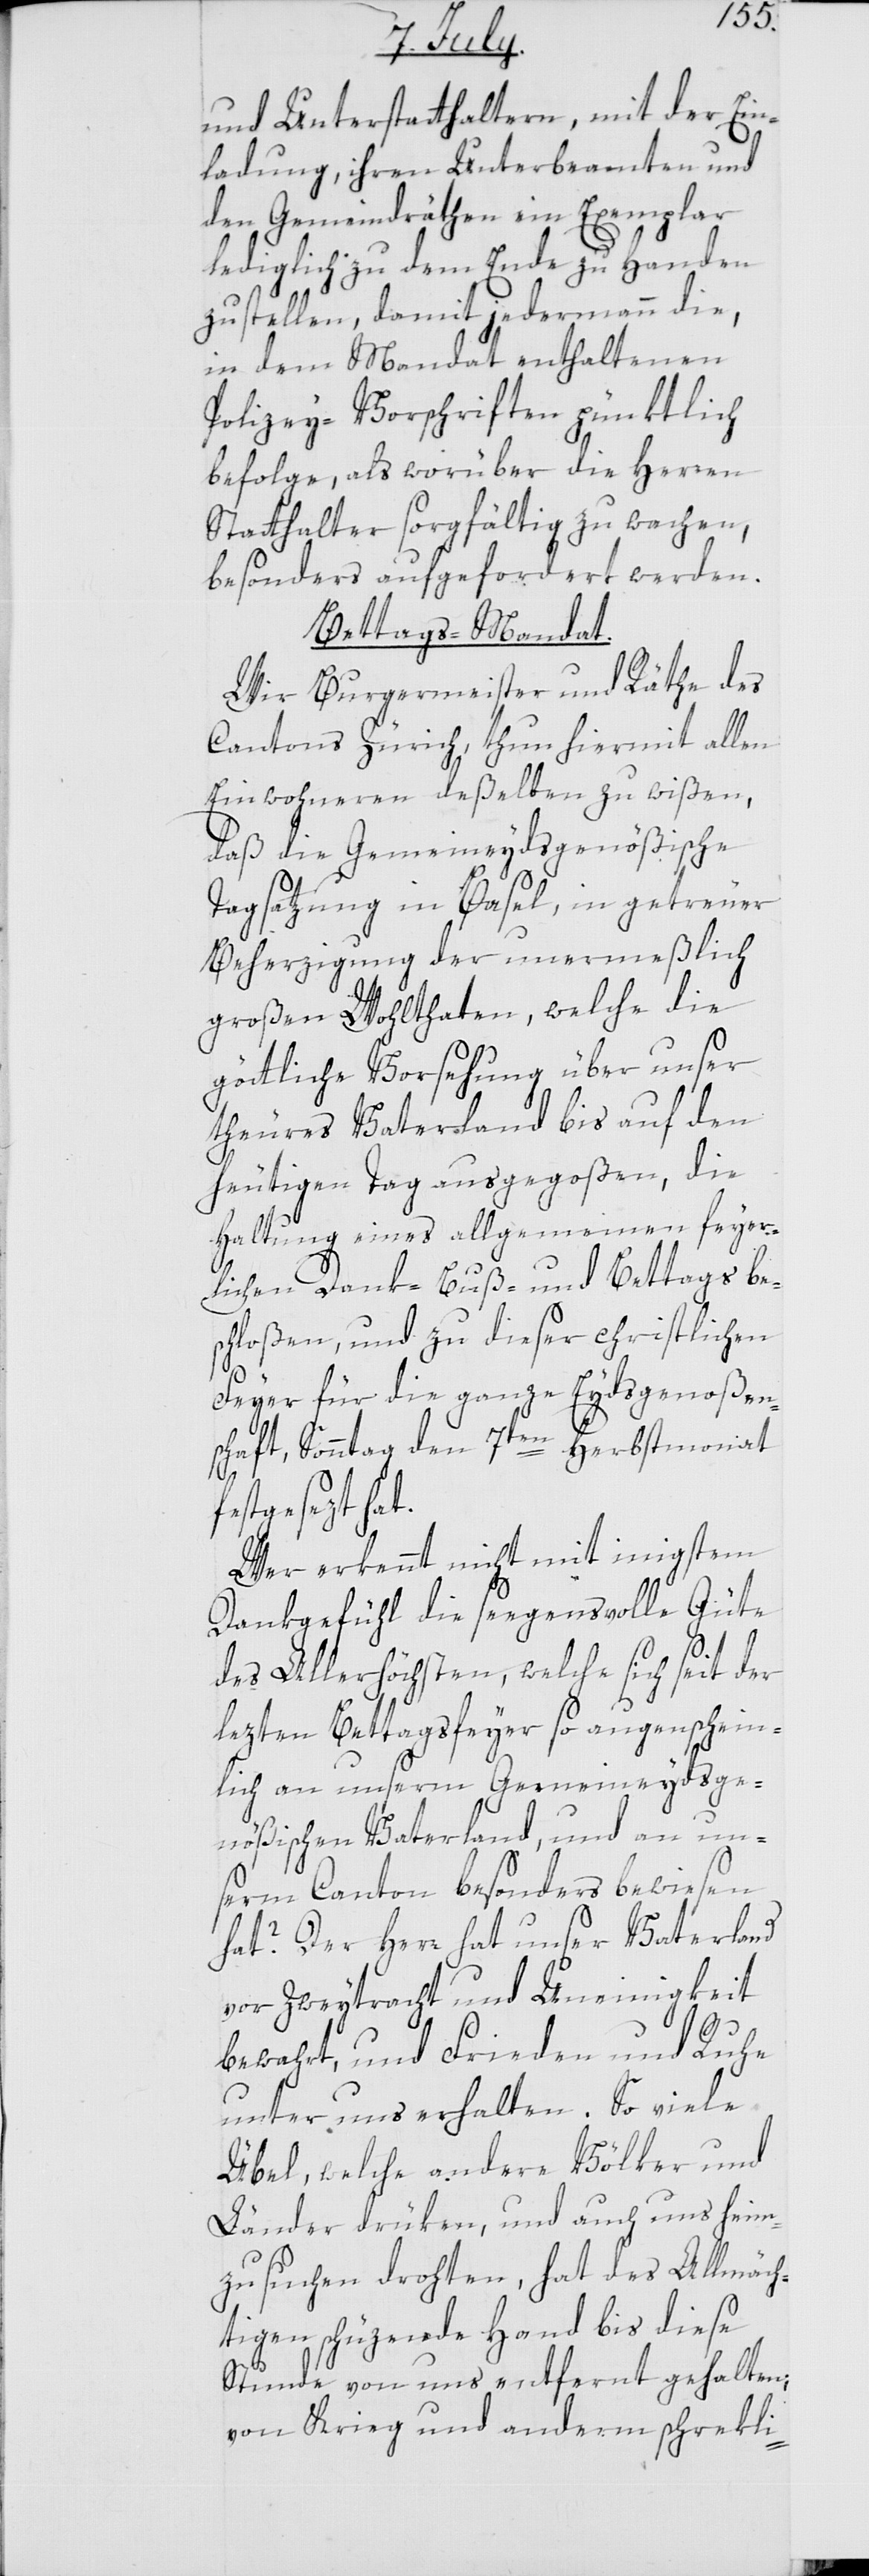
und Unterstatthaltern, mit der Ein¬
ladung, ihren Unterbeamten und
den Gemeindräthen ein Exemplar
lediglich zu dem Ende zu Handen
zu stellen, damit jedermann die,
in dem Mandat enthaltenen
Polizey-Vorschriften pünktlich
befolge, als worüber die Herren
Statthalter sorgfältig zu wachen,
besonders aufgefordert werden.
Bettags-Mandat.
Wir Burgermeister und Räthe des
Cantons Zürich, thun hiermit allen
Einwohneren deßelben zu wißen,
daß die Gemeineydsgenößische
Tagsatzung in Basel, in getreuer
Beherzigung der unermeßlich
großen Wohltaten, welche die
göttliche Vorsehung über unser
theures Vaterland bis auf den
heutigen Tag ausgegoßen, die
Haltung eines allgemeinen feyer¬
lichen Dank- Buß- und Bettags be¬
schloßen, und zu dieser christlichen
Feyer für die ganze Eydsgenoßen¬
schaft, Sonntag den 7ten Herbstmonat
festgesezt hat.
Wer erkennt nicht mit innigstem
Dankgefühl die seegensvolle Güte
it
der
des Allerhöchsten, welche sich se¬
lezten Bettagsfeyer so augenschein¬
lich an unserm Gemeineydsge¬
nößischen Vaterland, und an un¬
serm Canton besonders bewiesen
hat? Der Herr hat unser Vaterland
vor Zweytracht und Uneinigkeit
bewahrt, und Frieden und Ruhe
unter uns erhalten. So viele
Übel, welche andere Völker und
Länder drüken, und auch uns heim¬
zusuchen drohten, hat des Allmäch¬
tigen schüzende Hand bis diese
Stunde von uns entfernt gehalten;
von Krieg und anderm schrekli-